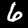
Digit: 6